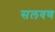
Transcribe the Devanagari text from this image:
सलवण